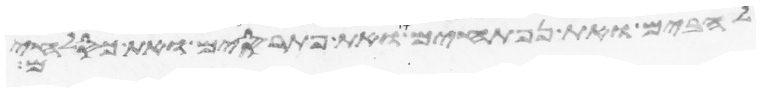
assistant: להבים ואת נפתחים ואת פתרסים ואת